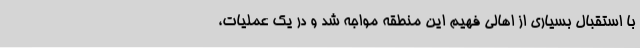
با استقبال بسیاری از اهالی فهیم این منطقه مواجه شد و در یک عملیات،